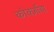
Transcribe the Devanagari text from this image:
कोर्क्ज़ोवा